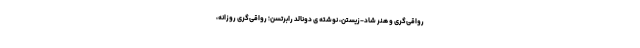
رواقی‌گری و هنر شاد-زیستن، نوشته ی دونالد رابرتسن؛ رواقی‌گری روزانه،